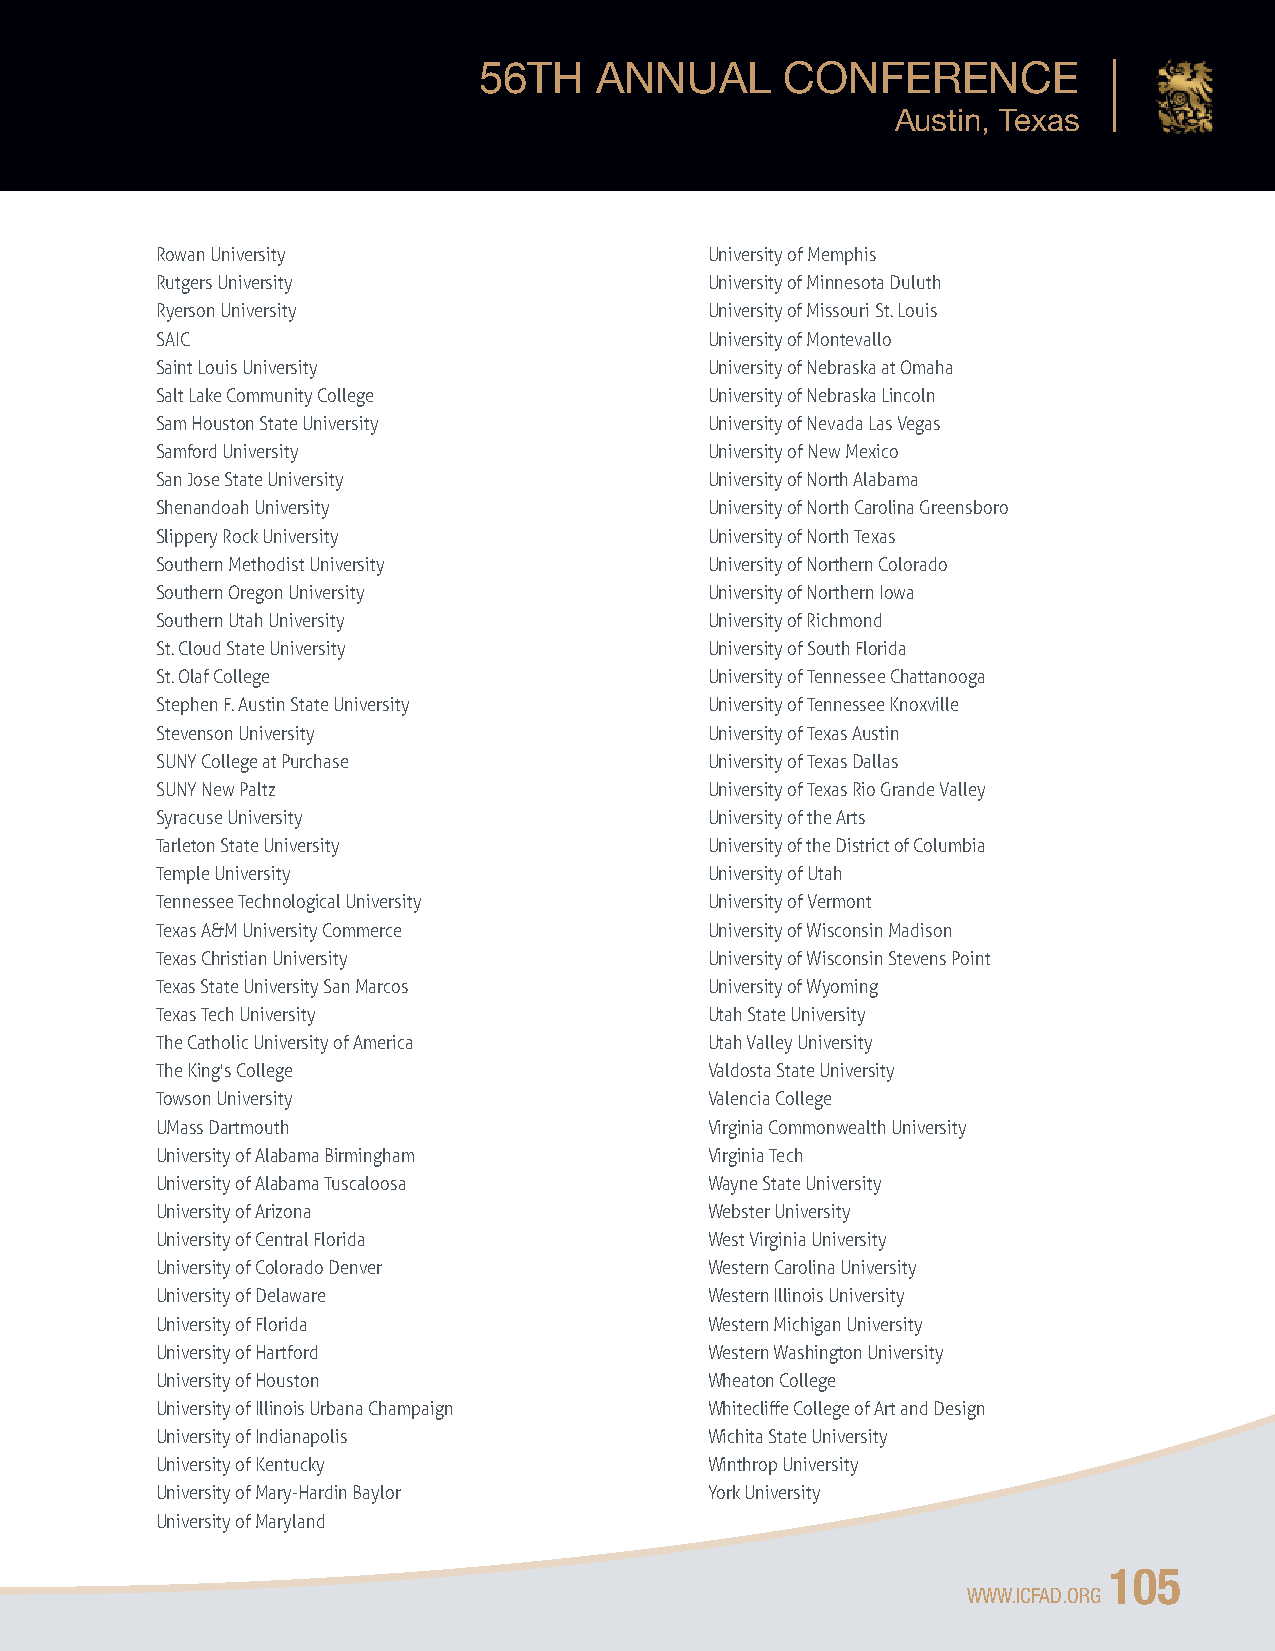
56TH   ANNUAL       CONFERENCE
 Austin, Texas
 Rowan University                     University of Memphis
 Rutgers University                   University of Minnesota Duluth
 Ryerson University                   University of Missouri St. Louis
 SAIC                                 University of Montevallo
 Saint Louis University               University of Nebraska at Omaha
 Salt Lake Community College          University of Nebraska Lincoln
 Sam Houston State University         University of Nevada Las Vegas
 Samford University                   University of New Mexico
 San Jose State University            University of North Alabama
 Shenandoah University                University of North Carolina Greensboro
 Slippery Rock University             University of North Texas
 Southern Methodist University        University of Northern Colorado
 Southern Oregon University           University of Northern Iowa
 Southern Utah University             University of Richmond
 St. Cloud State University           University of South Florida
 St. Olaf College                     University of Tennessee Chattanooga
 Stephen F. Austin State University   University of Tennessee Knoxville
 Stevenson University                 University of Texas Austin
 SUNY College at Purchase             University of Texas Dallas
 SUNY New Paltz                       University of Texas Rio Grande Valley
 Syracuse University                  University of the Arts
 Tarleton State University            University of the District of Columbia
 Temple University                    University of Utah
 Tennessee Technological University   University of Vermont
 Texas A&M University Commerce        University of Wisconsin Madison
 Texas Christian University           University of Wisconsin Stevens Point
 Texas State University San Marcos    University of Wyoming
 Texas Tech University                Utah State University
 The Catholic University of America   Utah Valley University
 The King's College                   Valdosta State University
 Towson University                    Valencia College
 UMass Dartmouth                      Virginia Commonwealth University
 University of Alabama Birmingham     Virginia Tech
 University of Alabama Tuscaloosa     Wayne State University
 University of Arizona                Webster University
 University of Central Florida        West Virginia University
 University of Colorado Denver        Western Carolina University
 University of Delaware               Western Illinois University
 University of Florida                Western Michigan University
 University of Hartford               Western Washington University
 University of Houston                Wheaton College
 University of Illinois Urbana Champaign Whitecliffe College of Art and Design
 University of Indianapolis           Wichita State University
 University of Kentucky               Winthrop University
 University of Mary-Hardin Baylor     York University
 University of Maryland
 105
 WWW.ICFAD.ORG